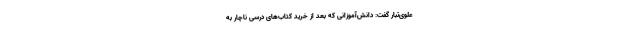
علوی‌تبار گفت: دانش‌آموزانی که بعد از خرید کتاب‌های درسی ناچار به